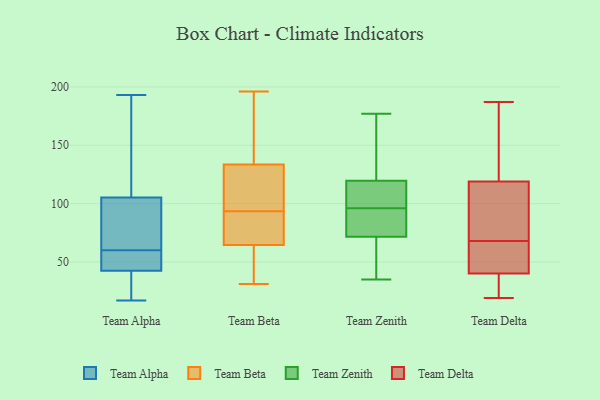
{"axis": {"x": "Market Share (%)", "y": "Value"}, "legend": ["Team Alpha", "Team Beta", "Team Delta", "Team Zenith"], "data": [{"x": "", "y": 23, "type": "Team Alpha"}, {"x": "", "y": 103, "type": "Team Alpha"}, {"x": "", "y": 39, "type": "Team Alpha"}, {"x": "", "y": 106, "type": "Team Alpha"}, {"x": "", "y": 17, "type": "Team Alpha"}, {"x": "", "y": 59, "type": "Team Alpha"}, {"x": "", "y": 193, "type": "Team Alpha"}, {"x": "", "y": 180, "type": "Team Alpha"}, {"x": "", "y": 92, "type": "Team Alpha"}, {"x": "", "y": 53, "type": "Team Alpha"}, {"x": "", "y": 60, "type": "Team Alpha"}, {"x": "", "y": 103, "type": "Team Beta"}, {"x": "", "y": 160, "type": "Team Beta"}, {"x": "", "y": 59, "type": "Team Beta"}, {"x": "", "y": 144, "type": "Team Beta"}, {"x": "", "y": 196, "type": "Team Beta"}, {"x": "", "y": 123, "type": "Team Beta"}, {"x": "", "y": 123, "type": "Team Beta"}, {"x": "", "y": 31, "type": "Team Beta"}, {"x": "", "y": 68, "type": "Team Beta"}, {"x": "", "y": 61, "type": "Team Beta"}, {"x": "", "y": 84, "type": "Team Beta"}, {"x": "", "y": 69, "type": "Team Beta"}, {"x": "", "y": 47, "type": "Team Zenith"}, {"x": "", "y": 95, "type": "Team Zenith"}, {"x": "", "y": 88, "type": "Team Zenith"}, {"x": "", "y": 113, "type": "Team Zenith"}, {"x": "", "y": 65, "type": "Team Zenith"}, {"x": "", "y": 177, "type": "Team Zenith"}, {"x": "", "y": 97, "type": "Team Zenith"}, {"x": "", "y": 86, "type": "Team Zenith"}, {"x": "", "y": 69, "type": "Team Zenith"}, {"x": "", "y": 145, "type": "Team Zenith"}, {"x": "", "y": 108, "type": "Team Zenith"}, {"x": "", "y": 173, "type": "Team Zenith"}, {"x": "", "y": 54, "type": "Team Zenith"}, {"x": "", "y": 35, "type": "Team Zenith"}, {"x": "", "y": 105, "type": "Team Zenith"}, {"x": "", "y": 114, "type": "Team Zenith"}, {"x": "", "y": 74, "type": "Team Zenith"}, {"x": "", "y": 146, "type": "Team Zenith"}, {"x": "", "y": 125, "type": "Team Zenith"}, {"x": "", "y": 88, "type": "Team Zenith"}, {"x": "", "y": 39, "type": "Team Delta"}, {"x": "", "y": 19, "type": "Team Delta"}, {"x": "", "y": 60, "type": "Team Delta"}, {"x": "", "y": 122, "type": "Team Delta"}, {"x": "", "y": 23, "type": "Team Delta"}, {"x": "", "y": 57, "type": "Team Delta"}, {"x": "", "y": 149, "type": "Team Delta"}, {"x": "", "y": 126, "type": "Team Delta"}, {"x": "", "y": 115, "type": "Team Delta"}, {"x": "", "y": 95, "type": "Team Delta"}, {"x": "", "y": 187, "type": "Team Delta"}, {"x": "", "y": 40, "type": "Team Delta"}, {"x": "", "y": 119, "type": "Team Delta"}, {"x": "", "y": 51, "type": "Team Delta"}, {"x": "", "y": 39, "type": "Team Delta"}, {"x": "", "y": 65, "type": "Team Delta"}, {"x": "", "y": 94, "type": "Team Delta"}, {"x": "", "y": 71, "type": "Team Delta"}]}